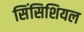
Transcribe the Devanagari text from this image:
सिंसिशियल